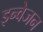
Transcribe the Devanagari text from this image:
इन्वेजन